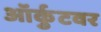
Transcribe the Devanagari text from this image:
ऑर्कुटवर